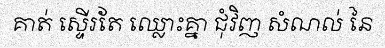
គាត់ ស្ទើរតែ ឈ្លោះគ្នា ជុំវិញ សំណល់ នៃ